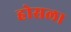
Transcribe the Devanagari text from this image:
होसला